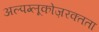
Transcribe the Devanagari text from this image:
अल्पग्लूकोज़रक्तता